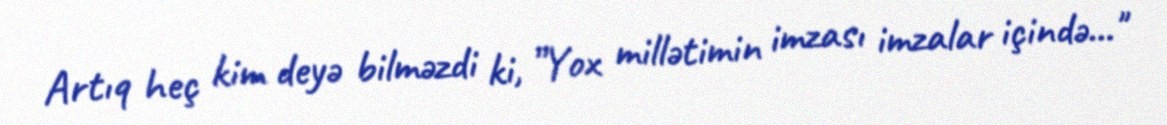
Artıq heç kim deyə bilməzdi ki, ”Yox millətimin imzası imzalar içində..."